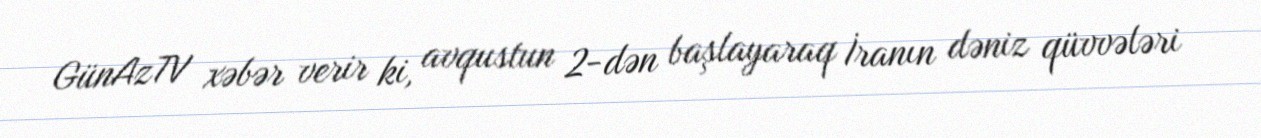
GünAzTV xəbər verir ki, avqustun 2-dən başlayaraq İranın dəniz qüvvələri